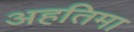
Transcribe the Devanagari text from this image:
अहतिमा